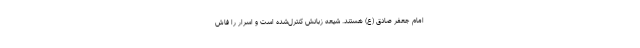
امام جعفر صادق (ع) هستند. شیعه زبانش کنترل‌شده است و اسرار را فاش